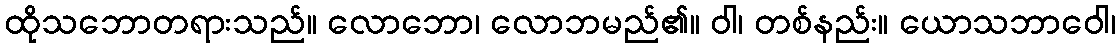
ထိုသဘောတရားသည်။ လောဘော၊ လောဘမည်၏။ ဝါ၊ တစ်နည်း။ ယောသဘာဝေါ၊